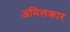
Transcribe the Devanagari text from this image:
अमिलकार